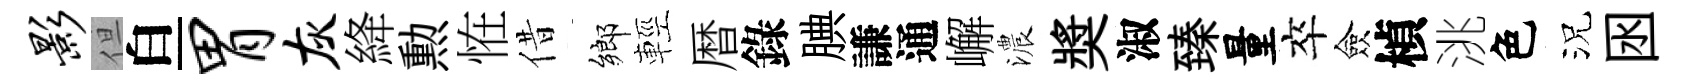
影但白胃灰絳勲恠借鄉輕暦錄腆謙通嶰濃奬淑臻量卒僉楨洮色況囦